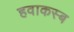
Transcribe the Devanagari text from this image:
हवाकस्‍ब